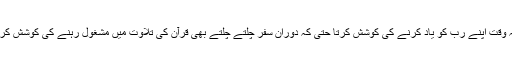
وہ ہمہ وقت اپنے رب کو یاد کرنے کی کوشش کرتا حتی کہ دوران سفر چلتے چلتے بھی قرآن کی تلاوت میں مشغول رہنے کی کوشش کرتاہے۔